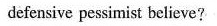
defensive pessimist believe?